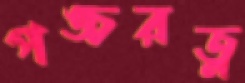
পঙ্চরত্ন